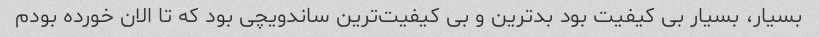
بسیار، بسیار بی کیفیت بود بد‌ترین و بی کیفیت‌ترین ساندویچی بود که تا الان خورده بودم